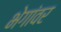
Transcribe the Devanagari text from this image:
भेगांवर